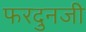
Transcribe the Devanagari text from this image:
फरदुनजी